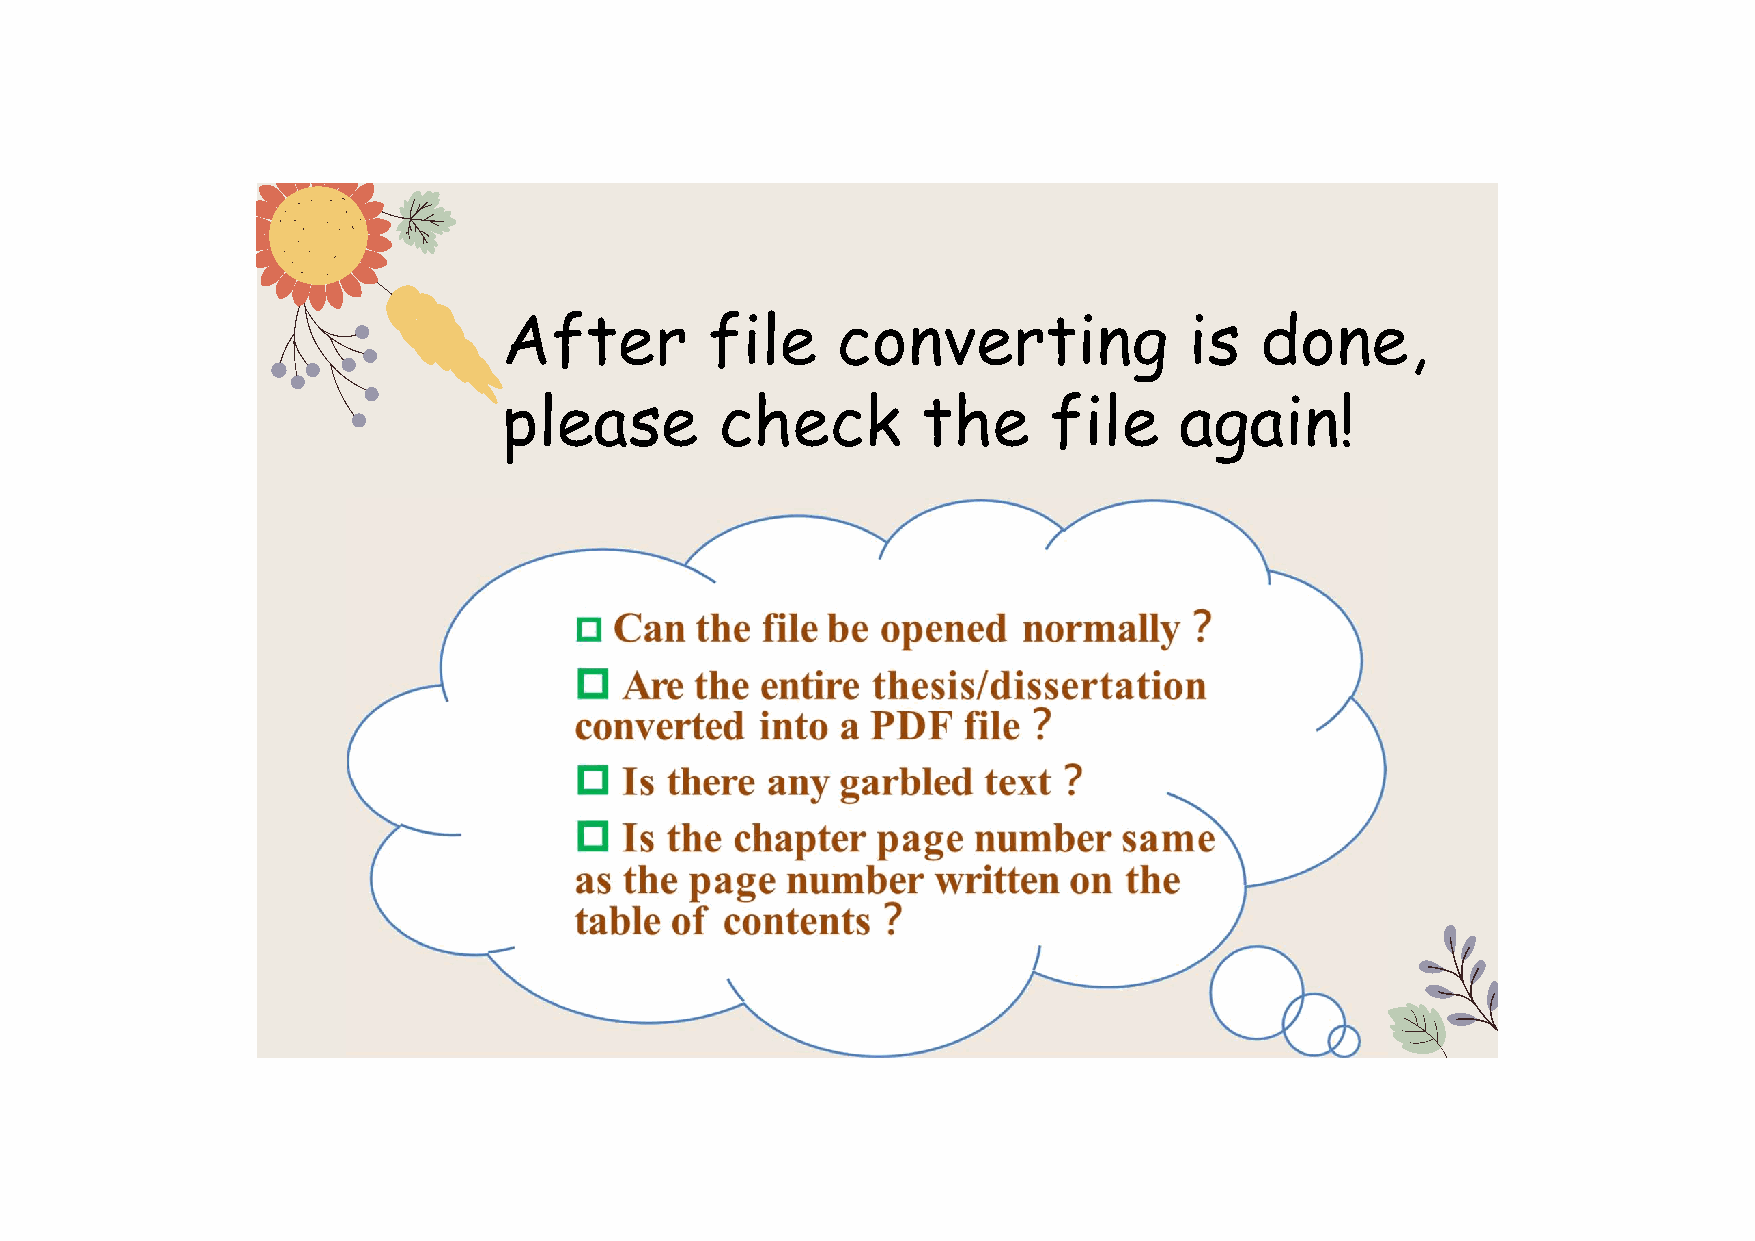
After         file    converting              is  done,
 please         check        the     file     again!